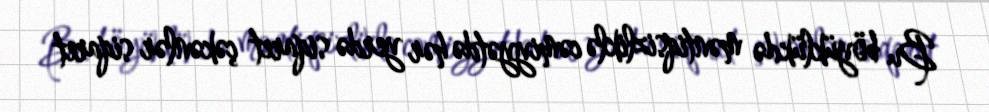
Bu böyüklükdə məntiqsizliklə cəmiyyətdə hər yerdə siqaret çəkənlər siqaret